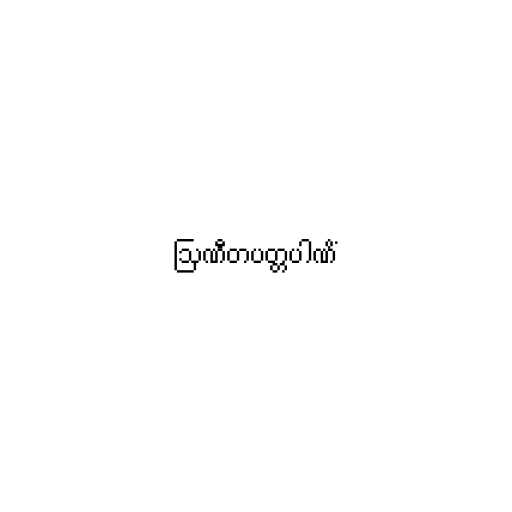
ဩဏီတပတ္တပါဏိံ